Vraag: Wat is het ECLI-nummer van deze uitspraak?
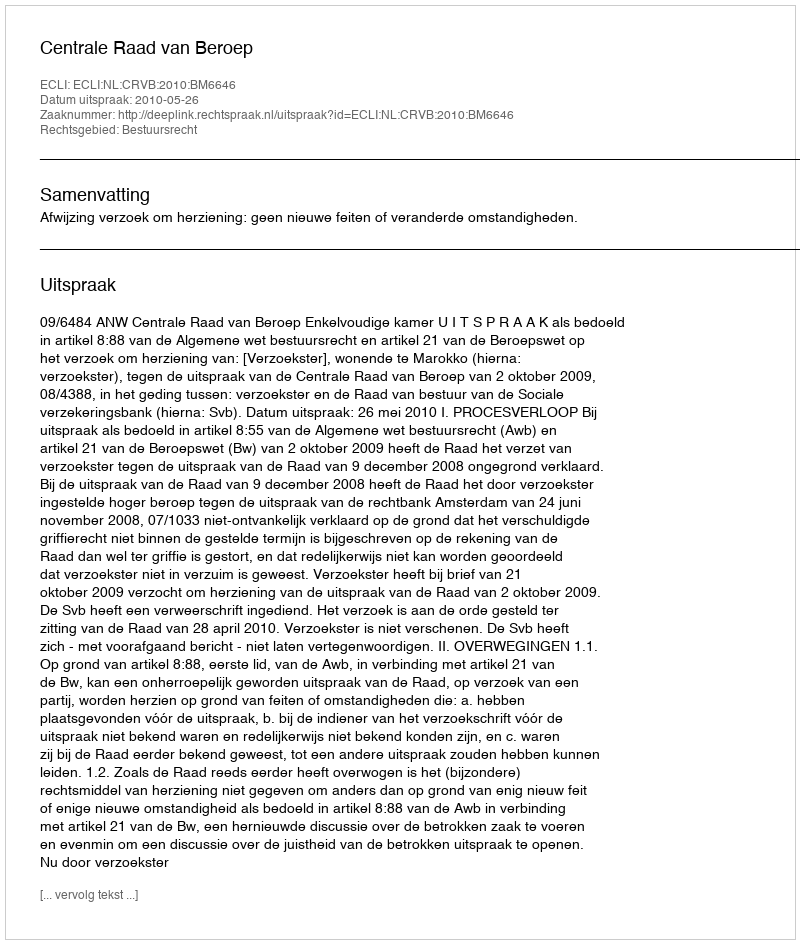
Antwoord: ECLI:NL:CRVB:2010:BM6646